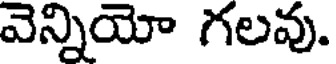
వెన్నియో గలవు.